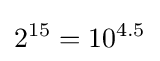
2^{15}=10^{4.5}